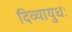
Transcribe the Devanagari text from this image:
दिव्यायुधः